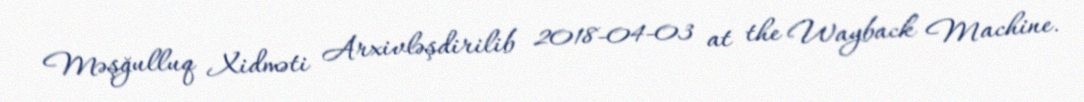
Məşğulluq Xidməti Arxivləşdirilib 2018-04-03 at the Wayback Machine.